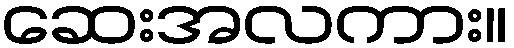
ဆေးအလကား။